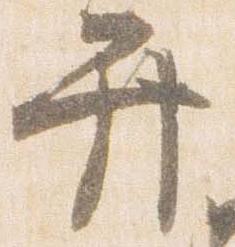
弁